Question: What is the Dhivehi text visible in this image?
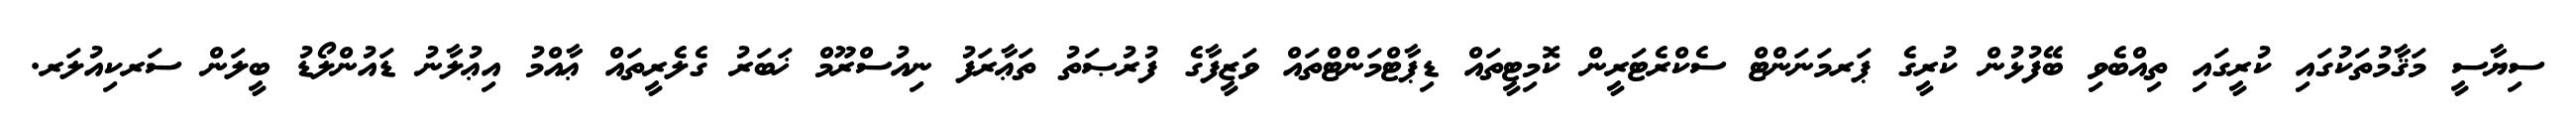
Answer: ސިޔާސީ މަޤާމުތަކުގައި ކުރީގައި ތިއްބެވި ބޭފުޅުން ކުރީގެ ޕަރމަނަންޓް ސެކްރެޓަރީން ކޮމިޓީތައް ޑިޕާޓްމަންޓްތައް ވަޒީފާގެ ފުރުޞަތު ތަޢާރަފު ނިއުސްރޫމް ޚަބަރު ގެލެރީތައް ޢާއްމު އިޢުލާނު ޑައުންލޯޑު ބީލަން ސަރކިއުލަރ.